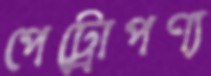
পেট্রোপণ্য